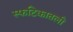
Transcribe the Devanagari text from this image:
स्फटिकातली